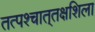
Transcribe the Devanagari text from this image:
तत्पश्‍चात्‌तक्षशिला